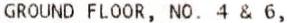
GROUND FLOOR, NO. 4 & 6,